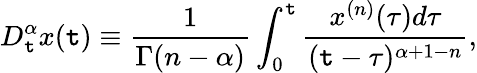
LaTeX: D_{\mathtt{t}}^{\alpha}x(\mathtt{t})\equiv\frac{{1}}{{\Gamma(n-\alpha)}}\int_{0}^{\mathtt{t}}\frac{{x^{(n)}(\tau)d\tau}}{{(\mathtt{t}-\tau)^{\alpha+1-n}}},